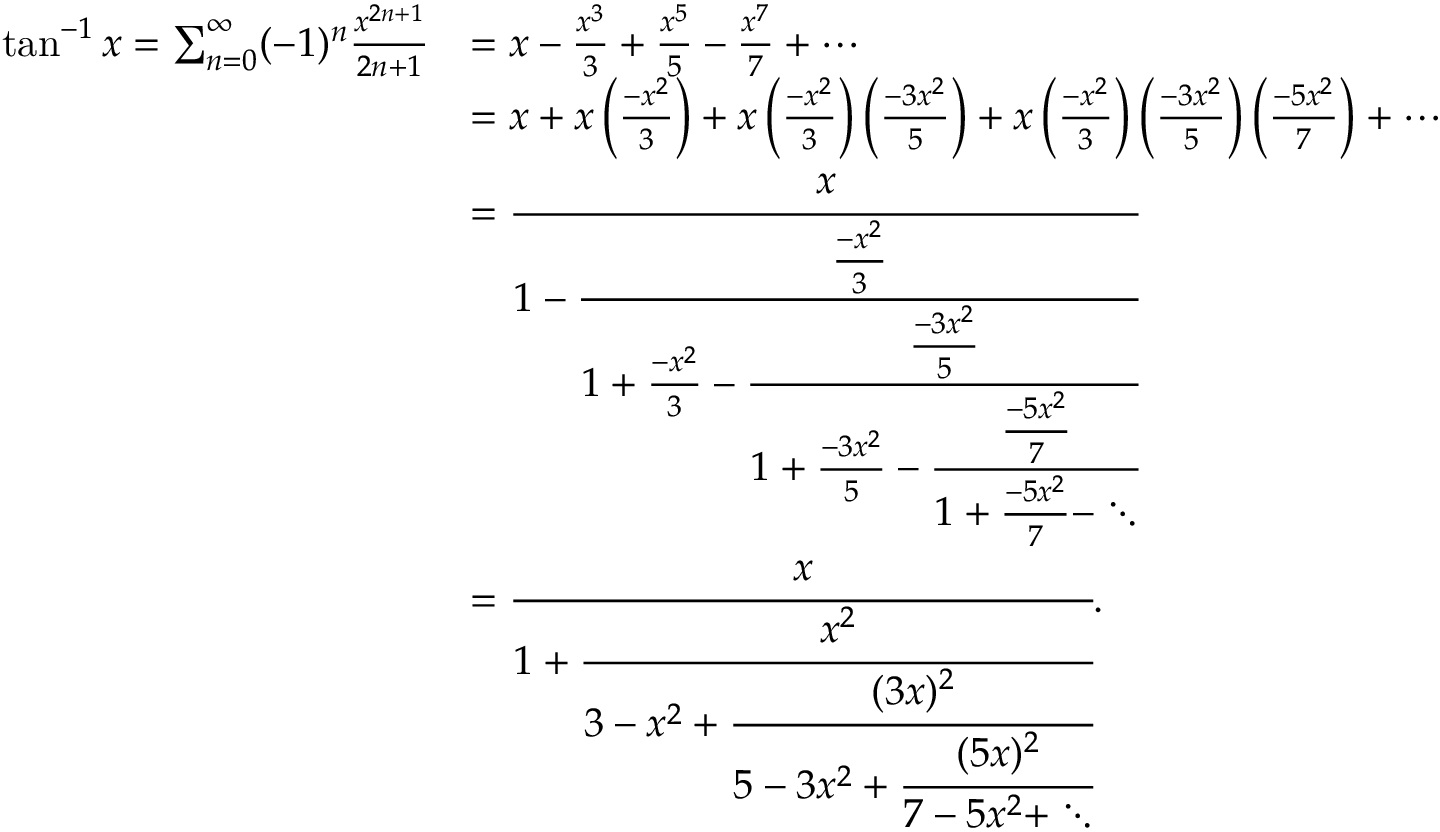
{ \begin{array} { r l } { \tan ^ { - 1 } x = \sum _ { n = 0 } ^ { \infty } ( - 1 ) ^ { n } { \frac { x ^ { 2 n + 1 } } { 2 n + 1 } } } & { = x - { \frac { x ^ { 3 } } { 3 } } + { \frac { x ^ { 5 } } { 5 } } - { \frac { x ^ { 7 } } { 7 } } + \cdots } \\ & { = x + x \left( { \frac { - x ^ { 2 } } { 3 } } \right) + x \left( { \frac { - x ^ { 2 } } { 3 } } \right) \left( { \frac { - 3 x ^ { 2 } } { 5 } } \right) + x \left( { \frac { - x ^ { 2 } } { 3 } } \right) \left( { \frac { - 3 x ^ { 2 } } { 5 } } \right) \left( { \frac { - 5 x ^ { 2 } } { 7 } } \right) + \cdots } \\ & { = { \cfrac { x } { 1 - { \cfrac { \frac { - x ^ { 2 } } { 3 } } { 1 + { \frac { - x ^ { 2 } } { 3 } } - { \cfrac { \frac { - 3 x ^ { 2 } } { 5 } } { 1 + { \frac { - 3 x ^ { 2 } } { 5 } } - { \cfrac { \frac { - 5 x ^ { 2 } } { 7 } } { 1 + { \frac { - 5 x ^ { 2 } } { 7 } } - \ddots } } } } } } } } } \\ & { = { \cfrac { x } { 1 + { \cfrac { x ^ { 2 } } { 3 - x ^ { 2 } + { \cfrac { ( 3 x ) ^ { 2 } } { 5 - 3 x ^ { 2 } + { \cfrac { ( 5 x ) ^ { 2 } } { 7 - 5 x ^ { 2 } + \ddots } } } } } } } } . } \end{array} }